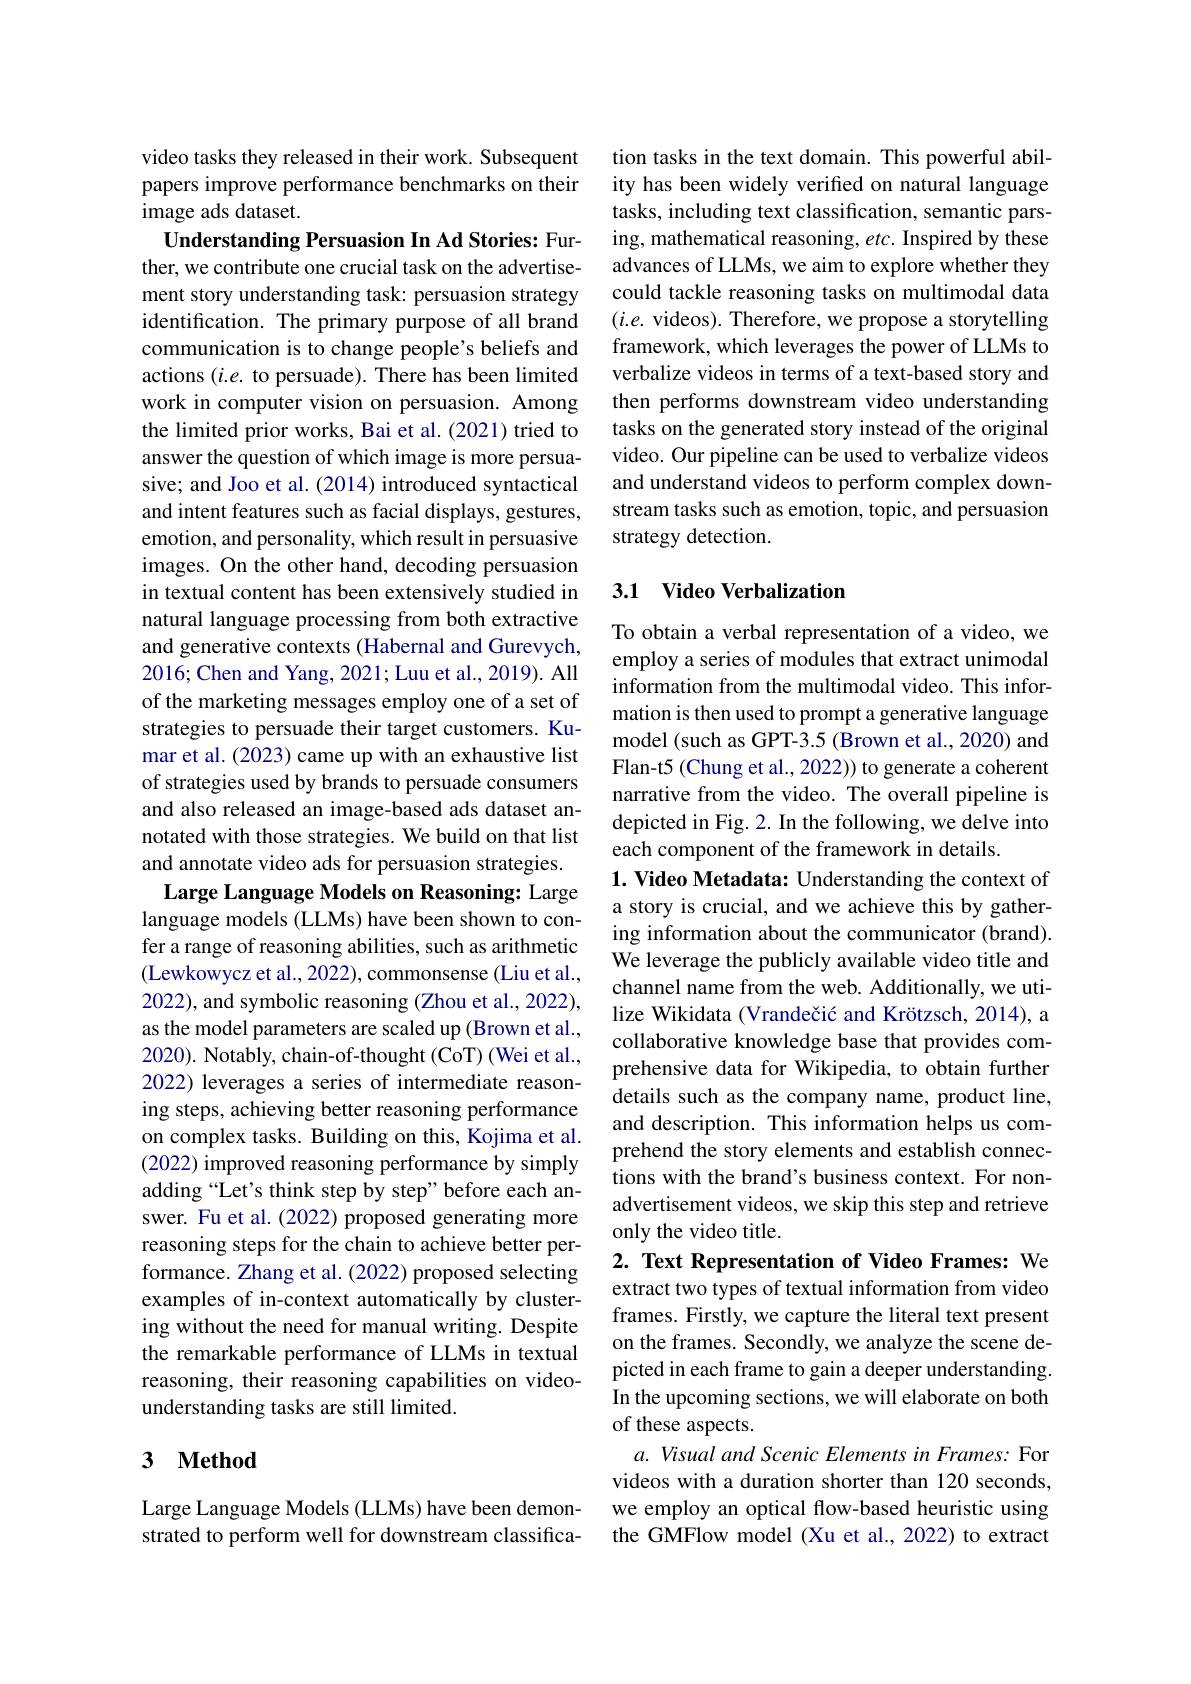
video tasks they released in their work. Subsequent papers improve performance benchmarks on their image ads dataset.

Understanding Persuasion In Ad Stories: Further, we contribute one crucial task on the advertisement story understanding task: persuasion strategy identification. The primary purpose of all brand communication is to change people's beliefs and actions $(i.e.$ to persuade). There has been limited work in computer vision on persuasion. Among the limited prior works, Bai et al. (2021) tried to answer the question of which image is more persuasive; and Joo et al. (2014) introduced syntactical and intent features such as facial displays, gestures, emotion, and personality, which result in persuasive images. On the other hand, decoding persuasion in textual content has been extensively studied in natural language processing from both extractive and generative contexts (Habernal and Gurevych, 2016; Chen and Yang, 2021; Luu et al., 2019). All of the marketing messages employ one of a set of strategies to persuade their target customers. Kumar et al. (2023) came up with an exhaustive list of strategies used by brands to persuade consumers and also released an image-based ads dataset annotated with those strategies. We build on that list and annotate video ads for persuasion strategies. Large Language Models on Reasoning: Large language models (LLMs) have been shown to confer a range of reasoning abilities, such as arithmetic (Lewkowycz et al., 2022), commonsense (Liu et al., 2022), and symbolic reasoning (Zhou et al., 2022), as the model parameters are scaled up (Brown et al., 2020). Notably, chain-of-thought (CoT) (Wei et al., 2022) leverages a series of intermediate reasoning steps, achieving better reasoning performance on complex tasks. Building on this, Kojima et al. (2022) improved reasoning performance by simply adding “Let's think step by step" before each answer. Fu et al. (2022) proposed generating more reasoning steps for the chain to achieve better performance. Zhang et al. (2022) proposed selecting examples of in-context automatically by clustering without the need for manual writing. Despite the remarkable performance of LLMs in textual reasoning, their reasoning capabilities on videounderstanding tasks are still limited.

## 3 $\textbf{Method}$

Large Language Models (LLMs) have been demonstrated to perform well for downstream classifica-

tion tasks in the text domain. This powerful ability has been widely verified on natural language tasks, including text classification, semantic parsing, mathematical reasoning, etc. Inspired by these advances of LLMs, we aim to explore whether they could tackle reasoning tasks on multimodal data $(i.e.$ videos). Therefore, we propose a storytelling framework, which leverages the power of LLMs to verbalize videos in terms of a text-based story and then performs downstream video understanding tasks on the generated story instead of the original video. Our pipeline can be used to verbalize videos and understand videos to perform complex downstream tasks such as emotion, topic, and persuasion strategy detection.

## 3.1 Video Verbalization

To obtain a verbal representation of a video, we employ a series of modules that extract unimodal information from the multimodal video. This information is then used to prompt a generative language model (such as GPT-3.5 (Brown et al., 2020) and Flan-t5 (Chung et al., 2022)) to generate a coherent narrative from the video. The overall pipeline is depicted in Fig. 2. In the following, we delve into each component of the framework in details.
$1. \textbf{ Video Metadata: Understanding the context of}$ a story is crucial, and we achieve this by gathering information about the communicator (brand). We leverage the publicly available video title and channel name from the web. Additionally, we utilize Wikidata (Vrandečić and Krötzsch, 2014), a collaborative knowledge base that provides comprehensive data for Wikipedia, to obtain further details such as the company name, product line, and description. This information helps us comprehend the story elements and establish connections with the brand's business context. For nonadvertisement videos, we skip this step and retrieve only the video title.
$2. \textbf{ Text Representation of Video Frames: We}$

extract two types of textual information from video frames. Firstly, we capture the literal text present on the frames. Secondly, we analyze the scene depicted in each frame to gain a deeper understanding. In the upcoming sections, we will elaborate on both of these aspects.
a. Visual and Scenic Elements in Frames: For videos with a duration shorter than 120 seconds, we employ an optical flow-based heuristic using the GMFlow model (Xu et al., 2022) to extract